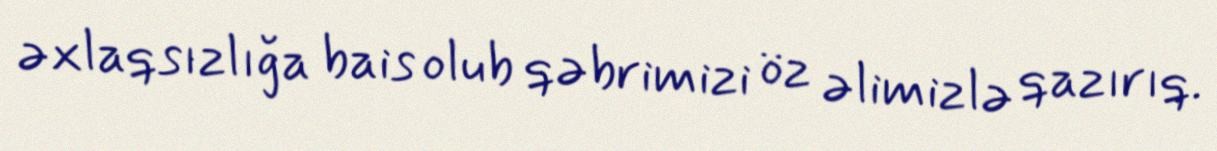
əxlaqsızlığa bais olub qəbrimizi öz əlimizlə qazırıq.